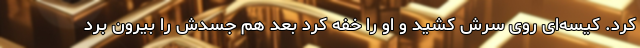
کرد. کیسه‌ای روی سرش کشید و او را خفه کرد بعد هم جسدش را بیرون برد